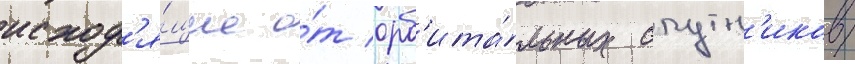
исход'я́щие о́т орб'ита́льных спутн'иков/